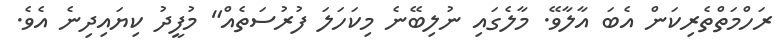
ރަހްމަތްތެރިކަން އެބަ އާލާވޭ. މާލެގައި ނުލިބޭނެ މިކަހަލަ ފުރުސަތެއް" މުފީދު ކިޔައިދިނެ އެވެ.